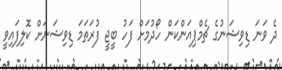
ދެ ވަނަ ޑިވިޝަނުގެ ޗެމްޕިއަންކަން ހޯދުމަށް ފަހު ބީޖީ ފުރަތަމަ ޑިވިޝަނަށް ކޮލިފައިވީ